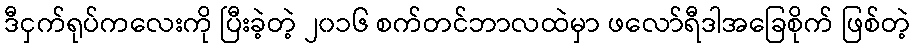
ဒီငှက်ရုပ်ကလေးကို ပြီးခဲ့တဲ့ ၂၀၁၆ စက်တင်ဘာလထဲမှာ ဖလော်ရီဒါအခြေစိုက် ဖြစ်တဲ့